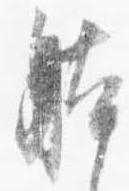
体